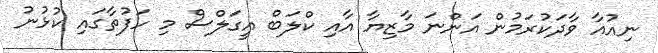
ނިއުއާ ވާދަކުރަމުން އަންނަ މާޒިޔާ އާއި ކްލަބް އީގަލްސް މި ހަފުތާގައި ކުޅުނު